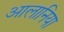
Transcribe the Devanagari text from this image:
आलानिया